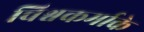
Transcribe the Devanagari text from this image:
विश्वकर्माके